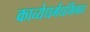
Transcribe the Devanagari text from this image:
काव्येधर्मधर्मिभाव